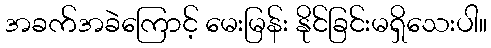
အခက်အခဲကြောင့် မေးမြန်း နိုင်ခြင်းမရှိသေးပါ။